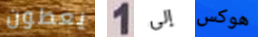
يعطون 1 إلى هوكس